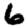
Digit: 6